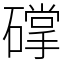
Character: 礃